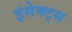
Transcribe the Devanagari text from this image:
इंसेक्ट्स